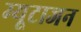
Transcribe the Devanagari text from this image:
म्यूटाजन